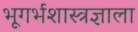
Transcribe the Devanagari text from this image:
भूगर्भशास्त्रज्ञाला